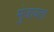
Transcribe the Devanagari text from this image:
मुंजावता